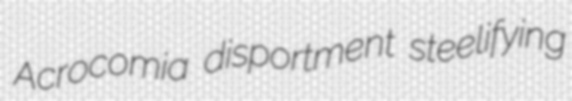
Acrocomia disportment steelifying